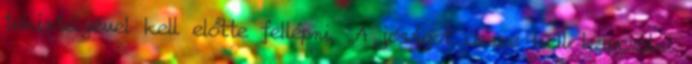
tekintélyével kell előtte fellépni. „A jóságot össze kell kapcsolni